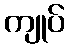
ကျုပ်